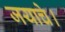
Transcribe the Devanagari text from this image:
जयाचे।